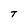
Character: T